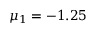
\mu _ { 1 } = - 1 . 2 5